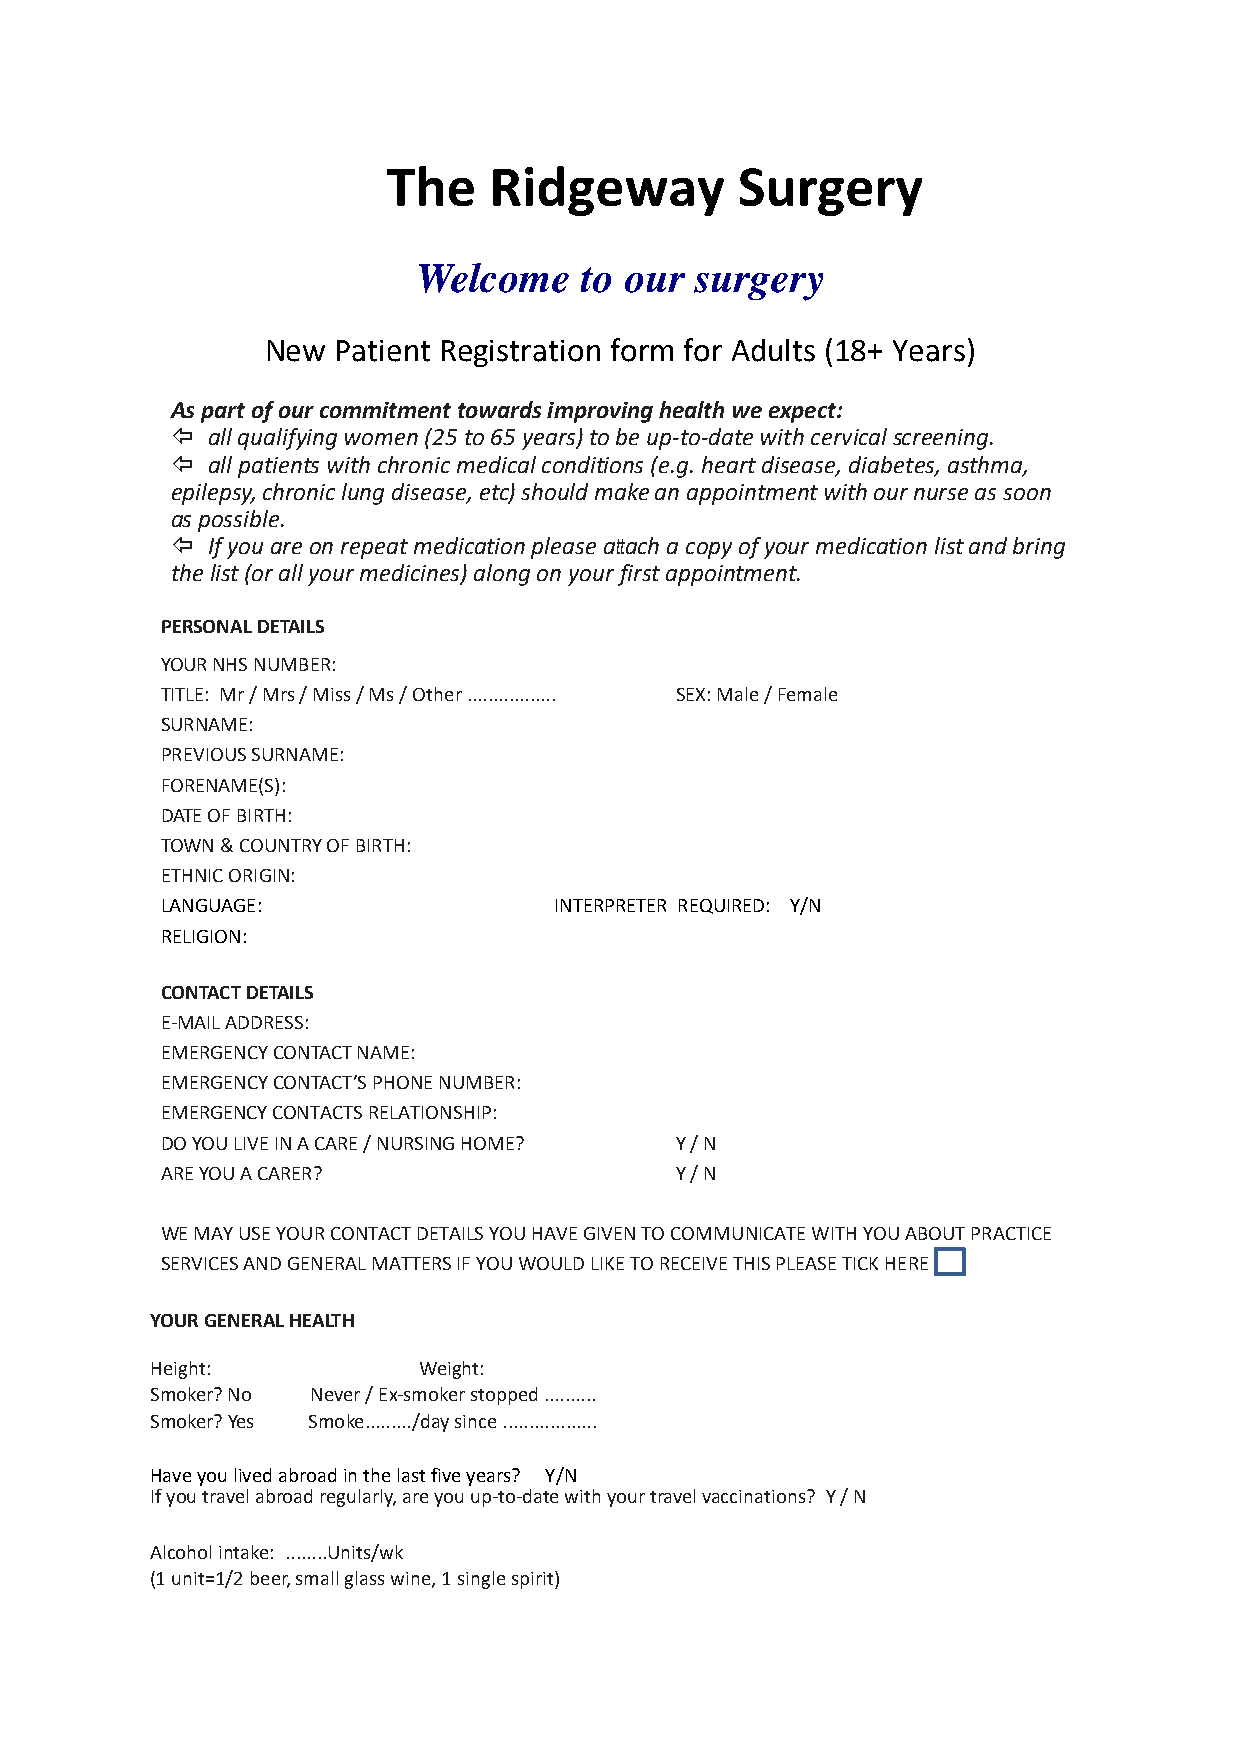
The   Ridgeway         Surgery
 Welcome    to our surgery
 New Patient Registration form for Adults (18+ Years)
 As part of our commitment towards improving health we expect:
 all qualifying women (25 to 65 years) to be up-to-date with cervical screening.
 all patients with chronic medical conditions (e.g. heart disease, diabetes, asthma,
 epilepsy, chronic lung disease, etc) should make an appointment with our nurse as soon
 as possible.
 If you are on repeat medication please attach a copy of your medication list and bring
 the list (or all your medicines) along on your first appointment.
 PERSONAL DETAILS
 YOUR NHS NUMBER:
 TITLE: Mr / Mrs / Miss / Ms / Other ................. SEX: Male / Female
 SURNAME:
 PREVIOUS SURNAME:
 FORENAME(S):
 DATE OF BIRTH:
 TOWN & COUNTRY OF BIRTH:
 ETHNIC ORIGIN:
 LANGUAGE:                 INTERPRETER REQUIRED: Y/N
 RELIGION:
 CONTACT DETAILS
 E-MAIL ADDRESS:
 EMERGENCY CONTACT NAME:
 EMERGENCY CONTACT’S PHONE NUMBER:
 EMERGENCY CONTACTS RELATIONSHIP:
 DO YOU LIVE IN A CARE / NURSING HOME? Y / N
 ARE YOU A CARER?                  Y / N
 WE MAY USE YOUR CONTACT DETAILS YOU HAVE GIVEN TO COMMUNICATE WITH YOU ABOUT PRACTICE
 SERVICES AND GENERAL MATTERS IF YOU WOULD LIKE TO RECEIVE THIS PLEASE TICK HERE
 YOUR GENERAL HEALTH
 Height:           Weight:
 Smoker? No Never / Ex-smoker stopped ..........
 Smoker? Yes Smoke........./day since ..................
 Have you lived abroad in the last five years? Y/N
 If you travel abroad regularly, are you up-to-date with your travel vaccinations? Y / N
 Alcohol intake: ........Units/wk
 (1 unit=1/2 beer, small glass wine, 1 single spirit)